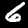
Label: 6